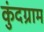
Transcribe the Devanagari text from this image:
कुंदग्राम